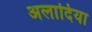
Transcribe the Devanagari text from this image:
अलादिया